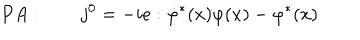
P A : \qquad j ^ { 0 } = - i e : \dot { \varphi } ^ { \ast } ( x ) \varphi ( x ) - \varphi ^ { \ast } ( x )